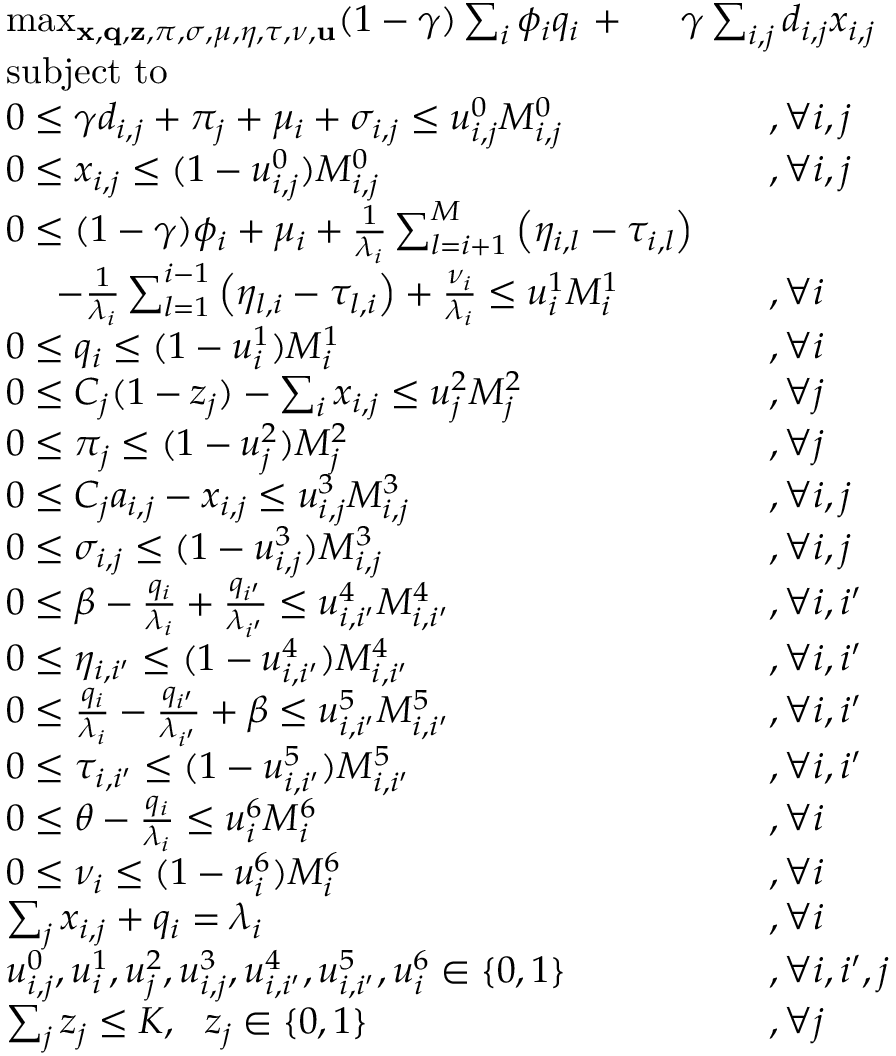
\begin{array} { r l r l } & { \operatorname* { m a x } _ { { \mathbf { x } } , { \mathbf { q } } , { \mathbf { z } } , \pi , \sigma , \mu , \eta , \tau , \nu , { \mathbf { u } } } ( 1 - \gamma ) \sum _ { i } \phi _ { i } q _ { i } ~ + } & & { \! \! \! \! \! \! \! \! \! \! \! \! \! \! \gamma \sum _ { i , j } d _ { i , j } x _ { i , j } } \\ & { \mathrm { s u b j e c t ~ t o } } & & { ~ } \\ & { 0 \leq \gamma d _ { i , j } + \pi _ { j } + \mu _ { i } + \sigma _ { i , j } \leq u _ { i , j } ^ { 0 } M _ { i , j } ^ { 0 } } & & { , \forall i , j } \\ & { 0 \leq x _ { i , j } \leq ( 1 - u _ { i , j } ^ { 0 } ) M _ { i , j } ^ { 0 } } & & { , \forall i , j } \\ & { 0 \leq ( 1 - \gamma ) \phi _ { i } + \mu _ { i } + \frac { 1 } { \lambda _ { i } } \sum _ { l = i + 1 } ^ { M } \left( \eta _ { i , l } - \tau _ { i , l } \right) } & & { } \\ & { ~ ~ ~ ~ - \frac { 1 } { \lambda _ { i } } \sum _ { l = 1 } ^ { i - 1 } \left( \eta _ { l , i } - \tau _ { l , i } \right) + \frac { \nu _ { i } } { \lambda _ { i } } \leq u _ { i } ^ { 1 } M _ { i } ^ { 1 } } & & { , \forall i } \\ & { 0 \leq q _ { i } \leq ( 1 - u _ { i } ^ { 1 } ) M _ { i } ^ { 1 } } & & { , \forall i } \\ & { 0 \leq C _ { j } ( 1 - z _ { j } ) - \sum _ { i } x _ { i , j } \leq u _ { j } ^ { 2 } M _ { j } ^ { 2 } } & & { , \forall j } \\ & { 0 \leq \pi _ { j } \leq ( 1 - u _ { j } ^ { 2 } ) M _ { j } ^ { 2 } } & & { , \forall j } \\ & { 0 \leq C _ { j } a _ { i , j } - x _ { i , j } \leq u _ { i , j } ^ { 3 } M _ { i , j } ^ { 3 } } & & { , \forall i , j } \\ & { 0 \leq \sigma _ { i , j } \leq ( 1 - u _ { i , j } ^ { 3 } ) M _ { i , j } ^ { 3 } } & & { , \forall i , j } \\ & { 0 \leq \beta - \frac { q _ { i } } { \lambda _ { i } } + \frac { q _ { i ^ { \prime } } } { \lambda _ { i ^ { \prime } } } \leq u _ { i , i ^ { \prime } } ^ { 4 } M _ { i , i ^ { \prime } } ^ { 4 } } & & { , \forall i , i ^ { \prime } } \\ & { 0 \leq \eta _ { i , i ^ { \prime } } \leq ( 1 - u _ { i , i ^ { \prime } } ^ { 4 } ) M _ { i , i ^ { \prime } } ^ { 4 } } & & { , \forall i , i ^ { \prime } } \\ & { 0 \leq \frac { q _ { i } } { \lambda _ { i } } - \frac { q _ { i ^ { \prime } } } { \lambda _ { i ^ { \prime } } } + \beta \leq u _ { i , i ^ { \prime } } ^ { 5 } M _ { i , i ^ { \prime } } ^ { 5 } } & & { , \forall i , i ^ { \prime } } \\ & { 0 \leq \tau _ { i , i ^ { \prime } } \leq ( 1 - u _ { i , i ^ { \prime } } ^ { 5 } ) M _ { i , i ^ { \prime } } ^ { 5 } } & & { , \forall i , i ^ { \prime } } \\ & { 0 \leq \theta - \frac { q _ { i } } { \lambda _ { i } } \leq u _ { i } ^ { 6 } M _ { i } ^ { 6 } } & & { , \forall i } \\ & { 0 \leq \nu _ { i } \leq ( 1 - u _ { i } ^ { 6 } ) M _ { i } ^ { 6 } } & & { , \forall i } \\ & { \sum _ { j } x _ { i , j } + q _ { i } = \lambda _ { i } } & & { , \forall i } \\ & { u _ { i , j } ^ { 0 } , u _ { i } ^ { 1 } , u _ { j } ^ { 2 } , u _ { i , j } ^ { 3 } , u _ { i , i ^ { \prime } } ^ { 4 } , u _ { i , i ^ { \prime } } ^ { 5 } , u _ { i } ^ { 6 } \in \{ 0 , 1 \} } & & { , \forall i , i ^ { \prime } , j } \\ & { \sum _ { j } z _ { j } \leq K , ~ ~ z _ { j } \in \{ 0 , 1 \} } & & { , \forall j } \end{array}